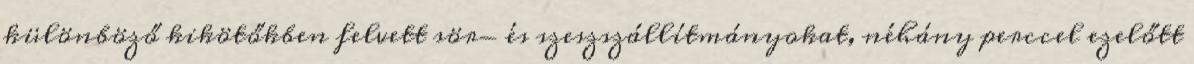
különböző kikötőkben felvett sör- és szeszszállítmányokat, néhány perccel ezelőtt